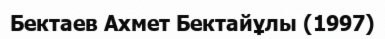
Бектаев Ахмет Бектайұлы (1997)